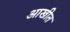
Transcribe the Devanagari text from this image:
आखीत